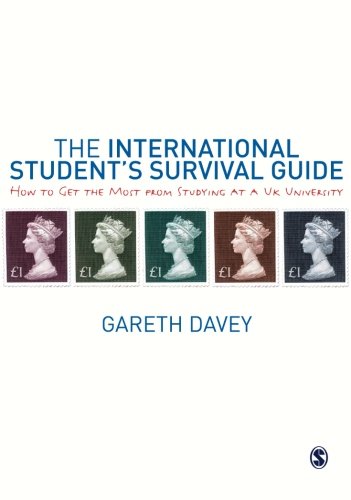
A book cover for The International Student's Survival Guide: How to Get the Most from Studying at a UK University (Sage Study Skills); Gareth Davey; Travel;